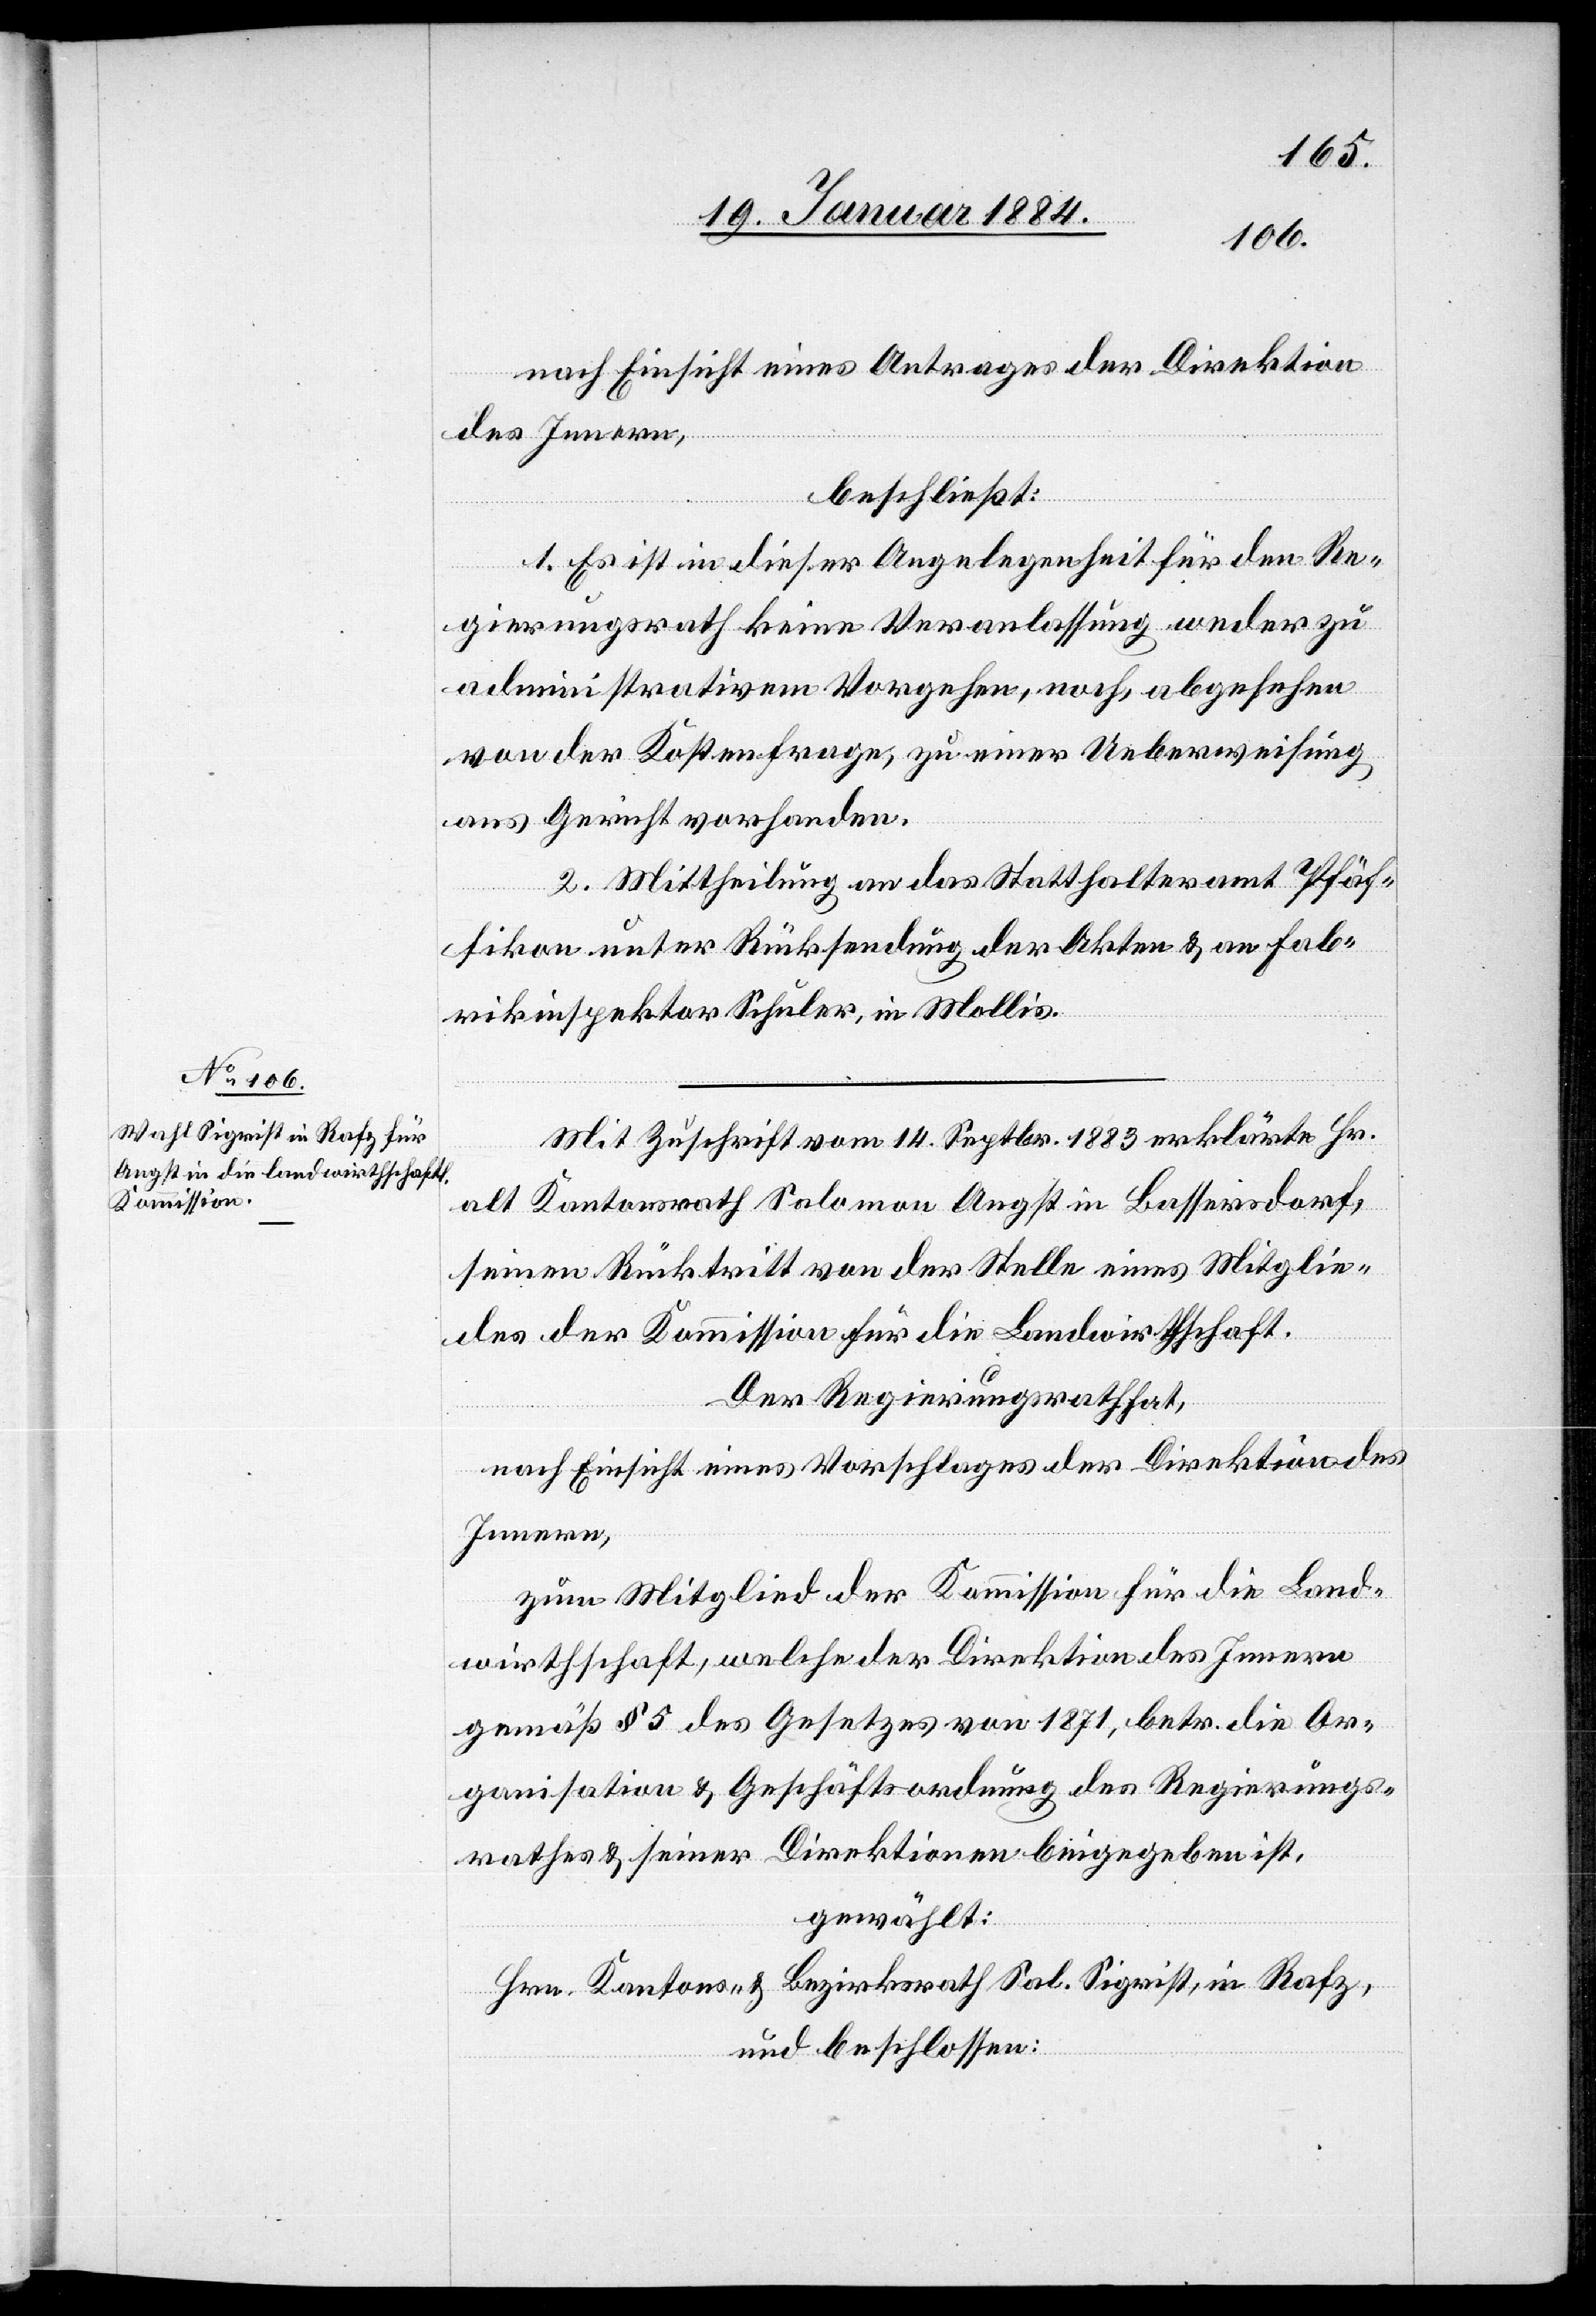
nach Einsicht eines Antrages der Direktion
des Innern,
beschließt:
1. Es ist in dieser Angelegenheit für den Re¬
gierungsrath keine Veranlassung weder zu
administrativem Vorgehen, noch, abgehsehn
von der Kostenfrage, zu einer Ueberweisung
ans Gericht vorhanden.
2. Mittheilung an das Statthalteramt Pfäf¬
fikon unter Rücksendung der Akten & an Fab¬
rikinspektor Schuler, in Mollis.
Mit Zuschrift vom 14. Septbr. 1883 erklärte Hr.
alt Kantonsrath Salomon Angst in Bassersdorf,
seinen Rücktritt von der Stelle eines Mitglie¬
des der Kommission für die Landwirthschaft.
Der Regierungsrath hat,
nach Einsicht eines Vorschlages der Direktion des
Innern,
zum Mitglied der Kommission für die Land¬
wirtschaft, welche der Direktion des Innern
gemäß § 5 des Gesetzes von 1871, betr. die Or¬
ganisation & Geschäftsordnung des Regierungs¬
rathes & seiner Direktionen beigegeben ist,
gewählt:
Hrn. Kantons- & Bezirksrath Sal. Sigrist, in Rafz,
und beschlossen: